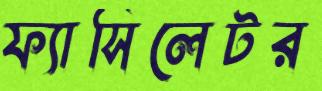
ফ্যাসিলেটর